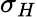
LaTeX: \sigma_{H}